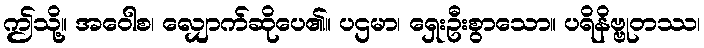
ဤသို့။ အဝေါစ၊ လျှောက်ဆိုပေ၏။ ပဌမာ၊ ရှေးဦးစွာသော။ ပရိနိဗ္ဗုတဿ၊